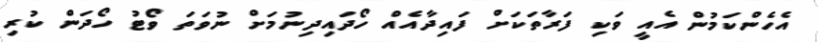
އެހެންކަމުން އެއީ ވަކި ފަރާތަކަށް ފައިދާއެއް ހޯދައިދިނުމަށް ނުވަތަ ވޯޓު ހޯދަން ކުރި